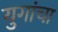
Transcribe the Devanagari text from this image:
युगांचा